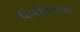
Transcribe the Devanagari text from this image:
दिल्लीकरांच्या